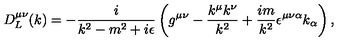
D _ { L } ^ { \mu \nu } ( k ) = - \frac { i } { k ^ { 2 } - m ^ { 2 } + i \epsilon } \left( g ^ { \mu \nu } - \frac { k ^ { \mu } k ^ { \nu } } { k ^ { 2 } } + \frac { i m } { k ^ { 2 } } \epsilon ^ { \mu \nu \alpha } k _ { \alpha } \right) ,